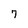
Character: 7